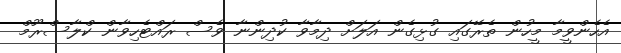
އެހެންވީމާ މީހުން ތެރޭގައި ގުޅިގެން އަލަށް ދިމާވާ ކުދިންނާ ވެސް ރައްޓެހިވާން ކްލާސްރޫމް